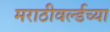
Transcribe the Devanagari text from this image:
मराठीवर्ल्डच्या